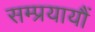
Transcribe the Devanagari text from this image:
सम्प्रयायौं